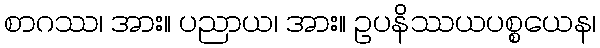
စာဂဿ၊ အား။ ပညာယ၊ အား။ ဥပနိဿယပစ္စယေန၊